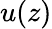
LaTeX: u(z)